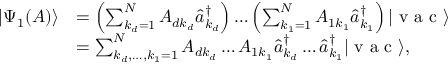
\begin{array} { r l } { | \Psi _ { 1 } ( A ) \rangle } & { = \left( \sum _ { k _ { d } = 1 } ^ { N } A _ { d k _ { d } } \hat { a } _ { k _ { d } } ^ { \dagger } \right) \ldots \left( \sum _ { k _ { 1 } = 1 } ^ { N } A _ { 1 k _ { 1 } } \hat { a } _ { k _ { 1 } } ^ { \dagger } \right) | \textrm { v a c } \rangle } \\ & { = \sum _ { k _ { d } , \ldots , k _ { 1 } = 1 } ^ { N } A _ { d k _ { d } } \ldots A _ { 1 k _ { 1 } } \hat { a } _ { k _ { d } } ^ { \dagger } \ldots \hat { a } _ { k _ { 1 } } ^ { \dagger } | \textrm { v a c } \rangle , } \end{array}